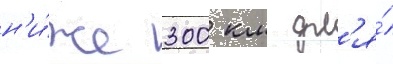
н'и́же 300 км дл'я́